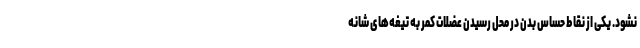
نشود. یکی از نقاط حساس بدن در محل رسیدن عضلات کمر به تیغه‌های شانه